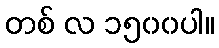
တစ် လ ၁၅၀၀ပါ။